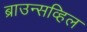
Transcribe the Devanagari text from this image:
ब्राउन्सव्हिल